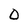
Character: 0